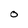
Character: O